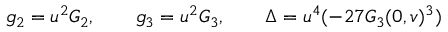
g _ { 2 } = u ^ { 2 } G _ { 2 } , \qquad g _ { 3 } = u ^ { 2 } G _ { 3 } , \qquad \Delta = u ^ { 4 } ( - 2 7 G _ { 3 } ( 0 , v ) ^ { 3 } )